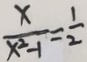
\frac { x } { x ^ { 2 } - 1 } = \frac { 1 } { 2 }